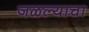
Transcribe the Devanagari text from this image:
जळल्याचा